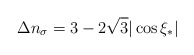
\begin{align*}\Delta n_\sigma = 3 - 2\sqrt{3}|\cos\xi_*|\end{align*}